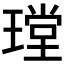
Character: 𤨠